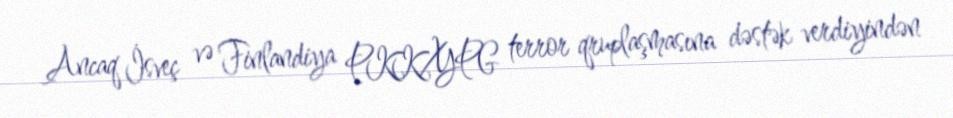
Ancaq İsveç və Finlandiya PKK/YPG terror qruplaşmasına dəstək verdiyindən